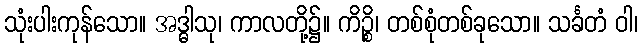
သုံးပါးကုန်သော။ အဒ္ဓါသု၊ ကာလတို့၌။ ကိဉ္စိ၊ တစ်စုံတစ်ခုသော။ သင်္ခတံ ဝါ၊